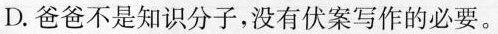
D. 爸爸不是知识分子，没有伏案写作的必要。